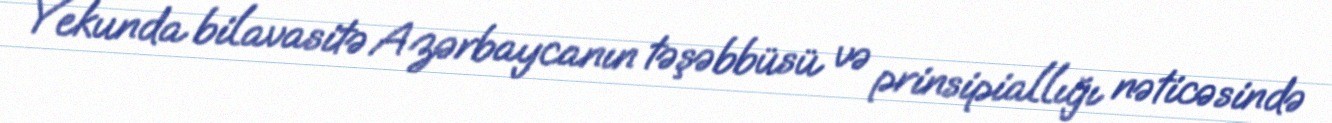
Yekunda bilavasitə Azərbaycanın təşəbbüsü və prinsipiallığı nəticəsində